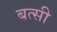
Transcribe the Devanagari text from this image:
बत्सी